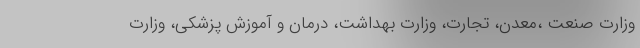
وزارت صنعت ،معدن، تجارت، وزارت بهداشت، درمان و آموزش پزشکی، وزارت